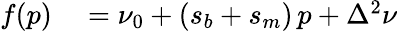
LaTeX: \begin{array}{rl}{f(p)}&{{}=\nu_{0}+(s_{b}+s_{m})\, p+\Delta^{2}\nu}\end{array}